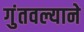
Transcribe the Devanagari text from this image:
गुंतवल्याने